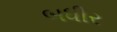
બધીર